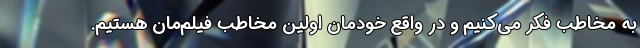
به مخاطب فکر می‌کنیم و در واقع خودمان اولین مخاطب فیلم‌مان هستیم.